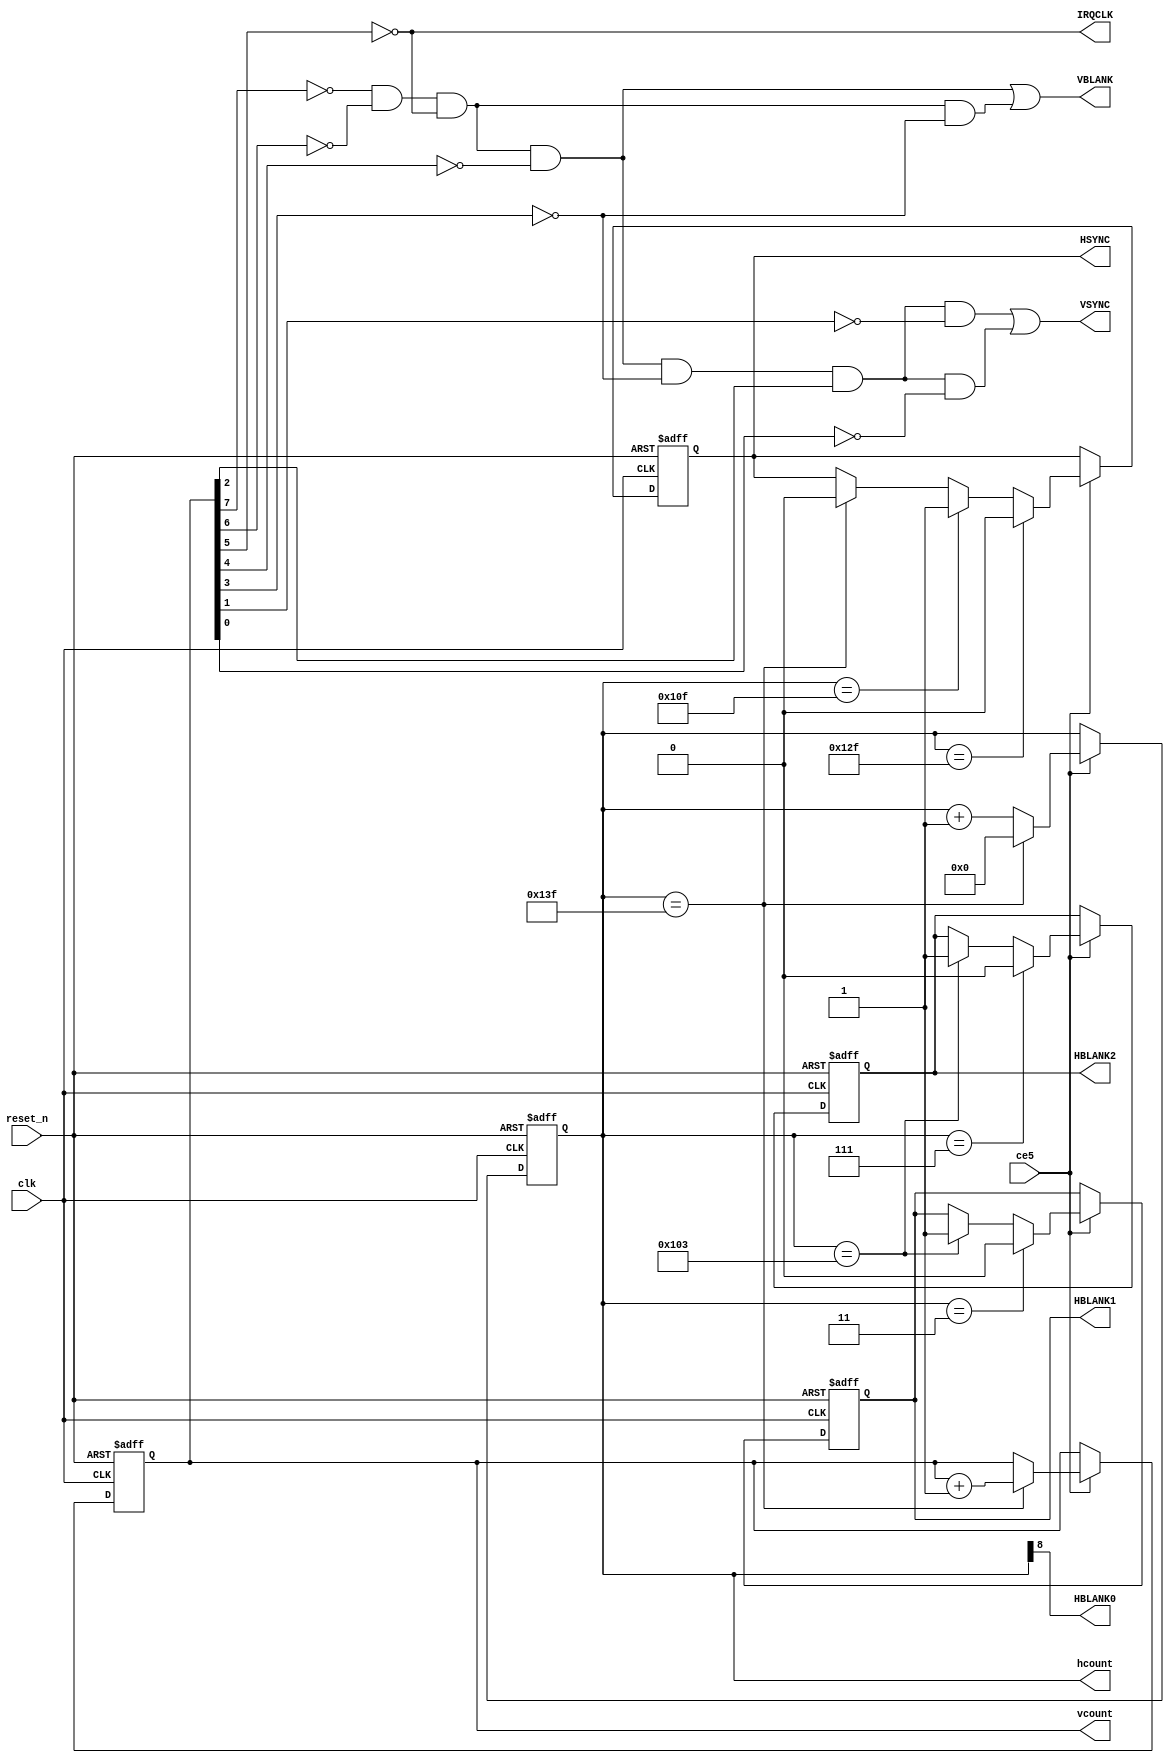
module SyncChain
(
   input clk, ce5,
   input reset_n,
   
   output reg HSYNC, 
   output VSYNC, VBLANK, HBLANK0,
   output reg HBLANK1, HBLANK2,
   output reg [8:0] hcount,
   output reg [7:0] vcount,
   
   output IRQCLK
);

always @(posedge clk or negedge reset_n)                 // ic's 7N 7M 7P 7R 7K 8J
begin
   if (~reset_n)
   begin
      hcount <= #1 9'b000000000;
      vcount <= #1 8'b00000000;
      HSYNC <= #1 1'b0;
      HBLANK1 <= #1 1'b0;
      HBLANK2 <= #1 1'b0;
   end
   else 
      if (ce5)
      begin
         hcount <= #1  hcount + 9'b000000001;
        
         if (hcount==320-1) begin hcount <= #1 9'b000000000; vcount <= #1 vcount + 8'b00000001; HSYNC <= #1 0; end

         if (hcount==272-1) HSYNC <= #1 1'b1;
         if (hcount==304-1) HSYNC <= #1 1'b0;

         if (hcount==260-1) begin HBLANK1 <= #1 1'b1; HBLANK2 <= #1 1'b1; end
         
         if (hcount==4-1)   HBLANK1 <= #1 1'b0;
         if (hcount==8-1)   HBLANK2 <= #1 1'b0;
      end
end

assign HBLANK0 = hcount[8];          // LO=0..255 HI=256..319
assign VBLANK = (~vcount[7] & ~vcount[6] & ~vcount[5] & ~vcount[4]) | (~vcount[7] & ~vcount[6] & ~vcount[5] & ~vcount[3]);             // HI=0..23    LO=24..255
assign VSYNC = (~vcount[7] & ~vcount[6] & ~vcount[5] & ~vcount[4] & ~vcount[3] & vcount[2] & ~vcount[1]) | (~vcount[7] & ~vcount[6] & ~vcount[5] & ~vcount[4] & ~vcount[3] & vcount[2] & ~vcount[0]);       // HI=4..6     LO=7..255/0..3
assign IRQCLK = ~vcount[5];       // every 64 lines (4x per frame)

endmodule